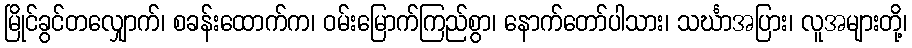
မြိုင်ခွင်တလျှောက်၊ စခန်းထောက်က၊ ဝမ်းမြောက်ကြည်စွာ၊ နောက်တော်ပါသား၊ သင်္ဃာအပြား၊ လူအများတို့၊